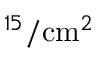
^ { 1 5 } / \mathrm { c m } ^ { 2 }